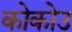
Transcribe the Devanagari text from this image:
कोकोउ